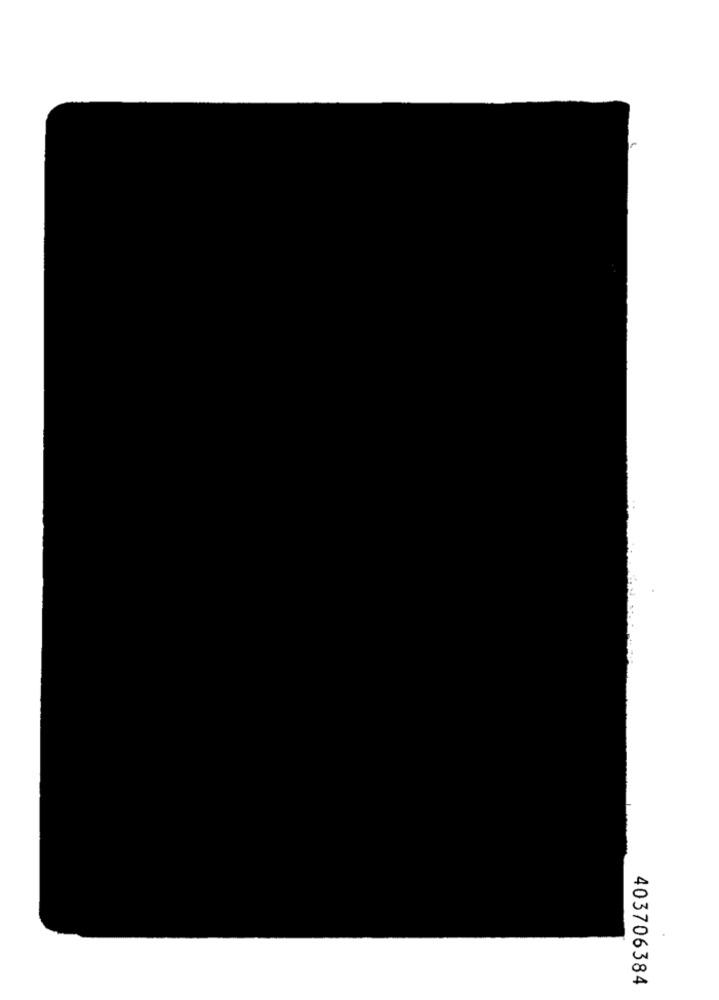
403706384